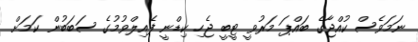
ނަމަވެސް ކުއްޖާގެ ބައްޕަ މަރުވީ ޓީބީ ޖެހި ކިޑްނީ ފެއިލްވުމުގެ ސަބަބުން ކަމަށް